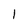
Character: l